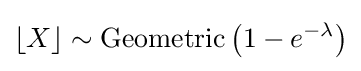
\lfloor X\rfloor \sim \operatorname {Geometric} \left(1-e^{-\lambda }\right)